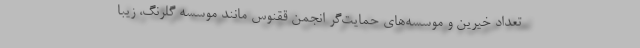
تعداد خیرین و موسسه‌های حمایت‌گر انجمن ققنوس مانند موسسه گلرنگ، زیبا